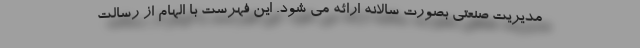
مدیریت صنعتی بصورت سالانه ارائه می شود. این فهرست با الهام از رسالت